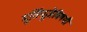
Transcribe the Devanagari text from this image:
मूर्तिपूजेविषयी